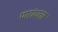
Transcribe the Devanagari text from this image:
पारांधता